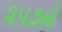
૨૫૭મો